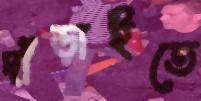
দাঁড়াইতে